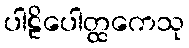
ပါဠိပေါတ္ထကေသု